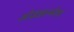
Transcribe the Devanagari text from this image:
ओड़छानरेश